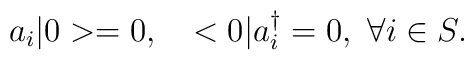
a_{i}|0> = 0,\ \ \ <0|a_{i}^{\dagger} = 0 ,\ \forall i \in S.